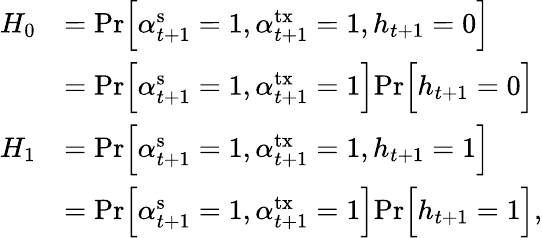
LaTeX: \begin{array}{rl}{{H}_{0}}&{=\mathrm{Pr}\Big[\alpha_{t+1}^{\mathrm{s}}=1,\alpha_{t+1}^{\mathrm{tx}}=1,h_{t+1}=0\Big]}\\ &{=\mathrm{Pr}\Big[\alpha_{t+1}^{\mathrm{s}}=1,\alpha_{t+1}^{\mathrm{tx}}=1\Big]\mathrm{Pr}\Big[h_{t+1}=0\Big]}\\ {{H}_{1}}&{=\mathrm{Pr}\Big[\alpha_{t+1}^{\mathrm{s}}=1,\alpha_{t+1}^{\mathrm{tx}}=1,h_{t+1}=1\Big]}\\ &{=\mathrm{Pr}\Big[\alpha_{t+1}^{\mathrm{s}}=1,\alpha_{t+1}^{\mathrm{tx}}=1\Big]\mathrm{Pr}\Big[h_{t+1}=1\Big],}\end{array}